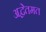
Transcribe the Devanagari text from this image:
अद्वेतमत